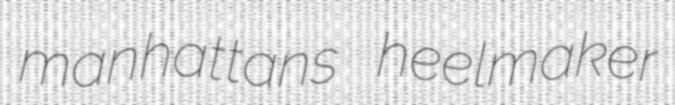
manhattans heelmaker